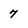
Character: 7